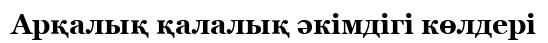
Арқалық қалалық әкімдігі көлдері